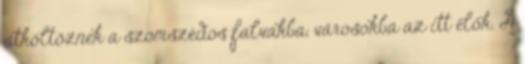
átköltöznek a szomszédos falvakba, városokba az itt élők. A